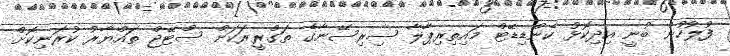
ފުލުހުން ބުނީ އިދިކޮޅު ކެންޑިޑޭޓް މައިތިރިޕާލާ ސިރިސޭނާގެ ތަގްރީރަކަށް ސްޓޭޖް ތައްޔާރު ކުރަނިކޮށް